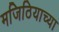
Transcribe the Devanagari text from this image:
मजिठियाच्या